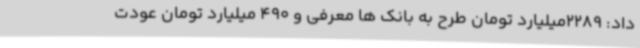
داد: 2289میلیارد تومان طرح به بانک ها معرفی و 490 میلیارد تومان عودت